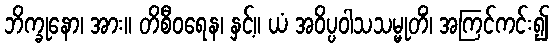
ဘိက္ခုနော၊ အား။ တိစီဝရေန၊ နှင့်။ ယံ အဝိပ္ပဝါသသမ္မုတိံ၊ အကြင်ကင်း၍